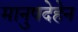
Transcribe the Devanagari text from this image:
मानुषदेहेन